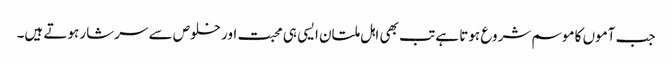
جب آموں کا موسم شروع ہوتا ہے تب بھی اہل ملتان ایسی ہی محبت اور خلوص سے سرشار ہوتے ہیں۔